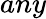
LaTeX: any